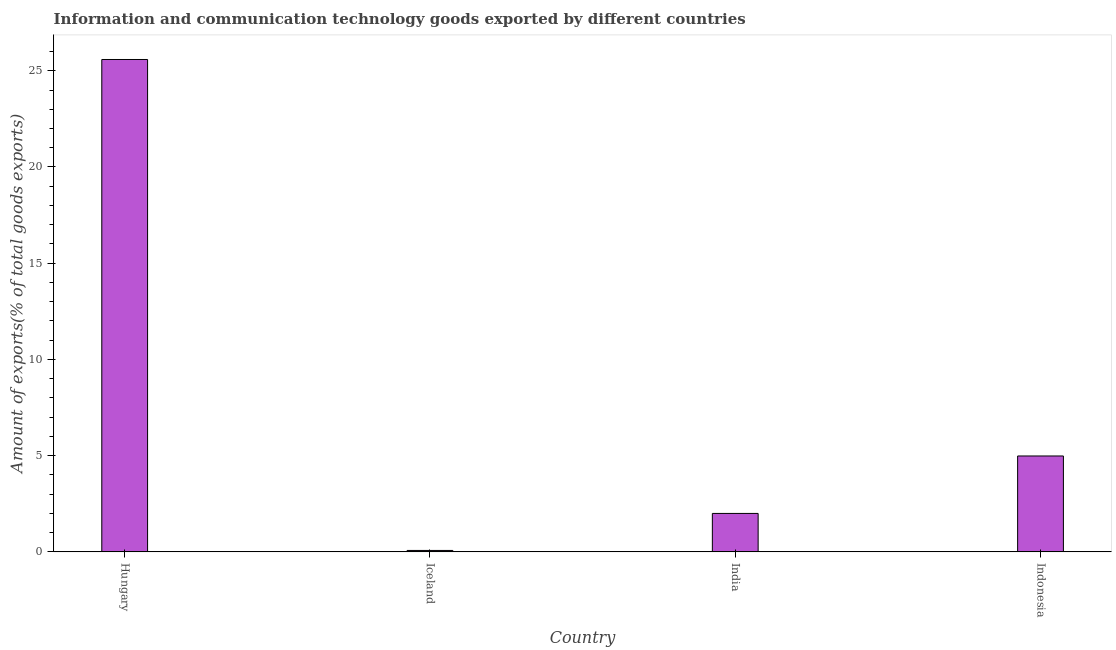
| Country | ICT goods exports |
 | --- | --- |
 | Hungary | 25.6 |
 | Iceland | 0.0743 |
 | India | 2 |
 | Indonesia | 4.98 |